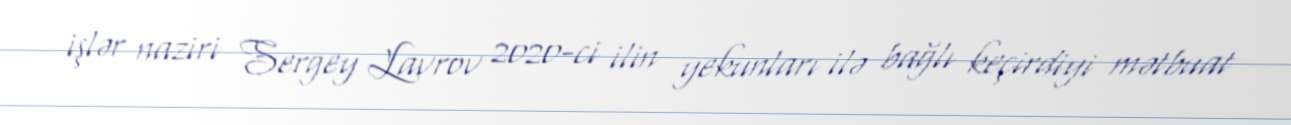
işlər naziri Sergey Lavrov 2020-ci ilin yekunları ilə bağlı keçirdiyi mətbuat